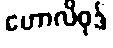
ဟောလိဝုဒ်